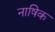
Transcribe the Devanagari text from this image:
नाषिक